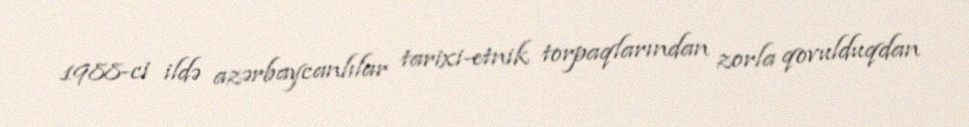
1988-ci ildə azərbaycanlılar tarixi-etnik torpaqlarından zorla qovulduqdan